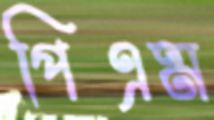
পিএম